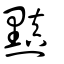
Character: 黰